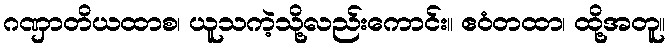
ဂဏှာတိယထာစ၊ ယူသကဲ့သို့လည်းကောင်း။ ဧဝံတထာ၊ ထို့အတူ။